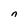
Character: n